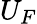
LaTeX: U_{F}